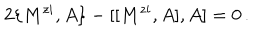
2 \{ M ^ { z i } , A \} - [ [ M ^ { z i } , A ] , A ] = 0 \, .